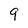
Character: 9